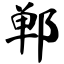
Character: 郸